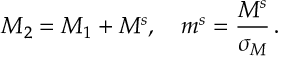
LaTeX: M _ { 2 } = M _ { 1 } + M ^ { s } , ~ ~ ~ m ^ { s } = \frac { M ^ { s } } { \sigma _ { M } } \, .